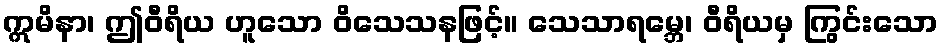
ဣမိနာ၊ ဤဝီရိယ ဟူသော ဝိသေသနဖြင့်။ သေသာရမ္ဘေ၊ ဝီရိယမှ ကြွင်းသော